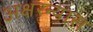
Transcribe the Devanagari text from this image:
अक्षरन्यास